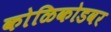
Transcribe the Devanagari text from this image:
कोळिकोडवर